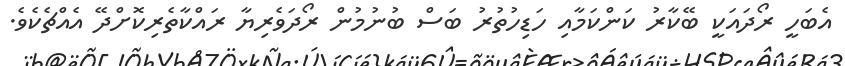
އެބަހީ ރޯދައަކީ ބޭކާރު ކަންކަމާއި ހަޑިހުތުރު ބަސް ބުނުމުން ރޯދަވެރިޔާ ރައްކާތެރިކޮށްދޭ އެއްޗެކެވެ.